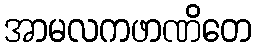
အာမလကဖာဏိတေ